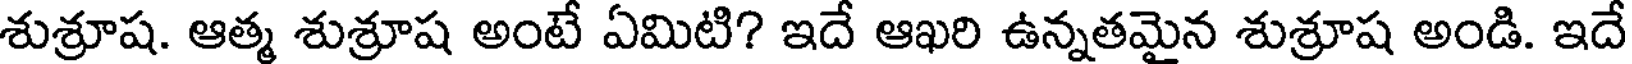
శుశ్రూష. ఆత్మ శుశ్రూష అంటే ఏమిటి? ఇదే ఆఖరి ఉన్నతమైన శుశ్రూష అండి. ఇదే